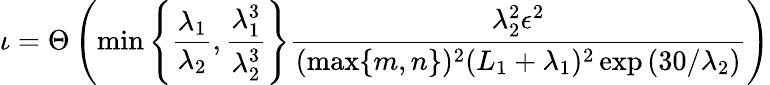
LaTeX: \iota=\Theta\left(\operatorname*{min}\left\{ \frac{\lambda_{1}}{\lambda_{2}},\frac{\lambda_{1}^{3}}{\lambda_{2}^{3}}\right\} \frac{\lambda_{2}^{2}\epsilon^{2}}{(\operatorname*{max}\{ m,n\} )^{2}(L_{1}+\lambda_{1})^{2}\exp{(30/\lambda_{2})}}\right)